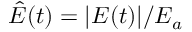
\hat { E } ( t ) = | E ( t ) | / E _ { a }